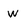
Character: W